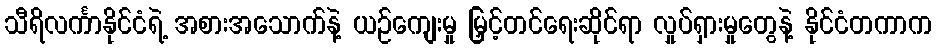
သီရိလင်္ကာနိုင်ငံရဲ့ အစားအသောက်နဲ့ ယဉ်ကျေးမှု မြှင့်တင်ရေးဆိုင်ရာ လှုပ်ရှားမှုတွေနဲ့ နိုင်ငံတကာက